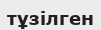
тұзілген